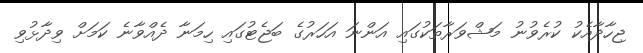
ޖިހާދާއެކު ކުރެވުނު މަޝްވަރާތަކުގައި އަންނަ އަހަރުގެ ބަޖެޓުގައި ހިމަނާ ދެއްވާނެ ކަމަށް ވިދާޅުވި